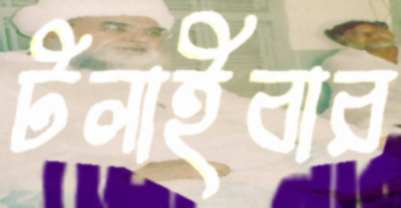
টলাইবার